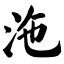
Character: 沲